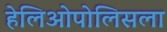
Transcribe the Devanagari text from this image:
हेलिओपोलिसला